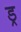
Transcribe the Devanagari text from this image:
ड्र